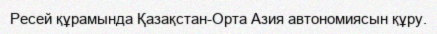
Ресей құрамында Қазақстан-Орта Азия автономиясын құру.